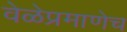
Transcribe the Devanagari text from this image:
वेळेप्रमाणेच